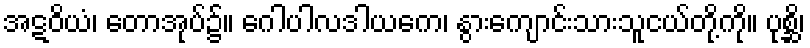
အဋဝိယံ၊ တောအုပ်၌။ ဂေါပါလဒါယကေ၊ နွားကျောင်းသားသူငယ်တို့ကို။ ပုစ္ဆိ၊